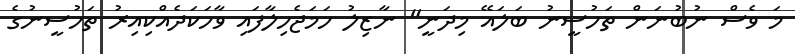
މަ ވެސް ނުބުނަން ތަހުސީނު ބަލައޭ މިދަނީ" ނާޒިލު ހަމަޖެހިލާފައި ވާހަކަދެއްކިއިރު ތަހުސީނުގެ